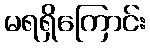
မရရှိကြောင်း